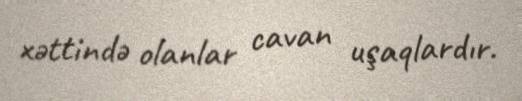
xəttində olanlar cavan uşaqlardır.